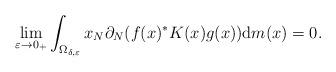
LaTeX: \begin{gather*}\lim_{\varepsilon\rightarrow0_{+}}\int_{\Omega_{\delta,\varepsilon}}x_{N}\partial_{N} ( f(x) ^{\ast}K(x) g (x )) \mathrm{d}m(x) =0.\end{gather*}